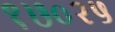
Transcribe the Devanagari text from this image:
१७०२५